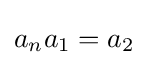
a_{n}a_{1}=a_{2}